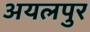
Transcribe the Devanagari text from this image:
अयलपुर